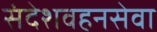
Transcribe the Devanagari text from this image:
संदेशवहनसेवा